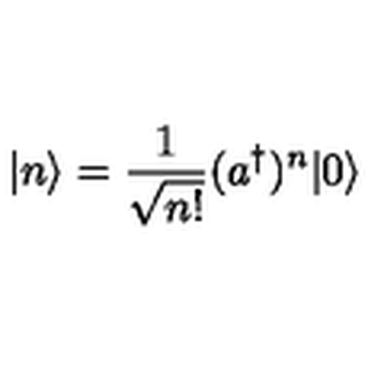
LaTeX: | n \rangle = \frac { 1 } { \sqrt { n ! } } ( a ^ { \dagger } ) ^ { n } | 0 \rangle